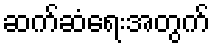
ဆက်ဆံရေးအတွက်